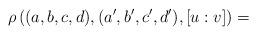
LaTeX: \begin{align*} \rho\left((a,b,c,d),(a',b',c',d'),[u:v]\right) = \end{align*}